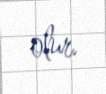
olur.